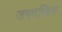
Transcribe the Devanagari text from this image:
जगदखिल